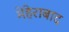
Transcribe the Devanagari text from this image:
मेहेराबाद